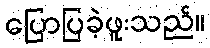
ပြောပြခဲ့ဖူးသည်။